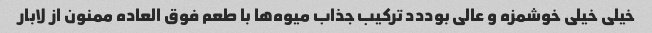
خیلی خیلی خوشمزه و عالی بوددد ترکیب جذاب میوه‌ها با طعم فوق العاده ممنون از لابار